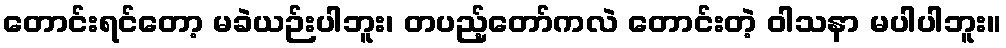
တောင်းရင်တော့ မခဲယဉ်းပါဘူး၊ တပည့်တော်ကလဲ တောင်းတဲ့ ဝါသနာ မပါပါဘူး။